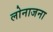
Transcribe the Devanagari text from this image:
लोनाजना